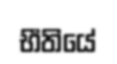
භීතියේ